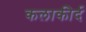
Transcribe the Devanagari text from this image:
कलाकीर्द